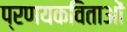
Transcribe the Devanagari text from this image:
प्रणयकविताओं